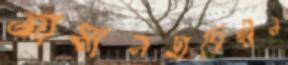
জামানতবিহীন